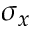
\sigma _ { x }